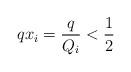
LaTeX: \begin{align*}qx_i = \frac{q}{Q_i} < \frac12\end{align*}